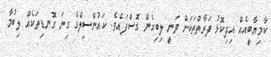
ކާމިޔާބީއެއް އިދިކޮޅު ފަރާތްތަކަށް ވަނީ ލިބިގެން ގޮސްފައެވެ. ކައުންސިލްގެ ގިނަ ގޮނޑިތަކެއް ލިބުމާ